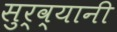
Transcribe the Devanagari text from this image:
सुर्व्यानी